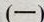
（一）